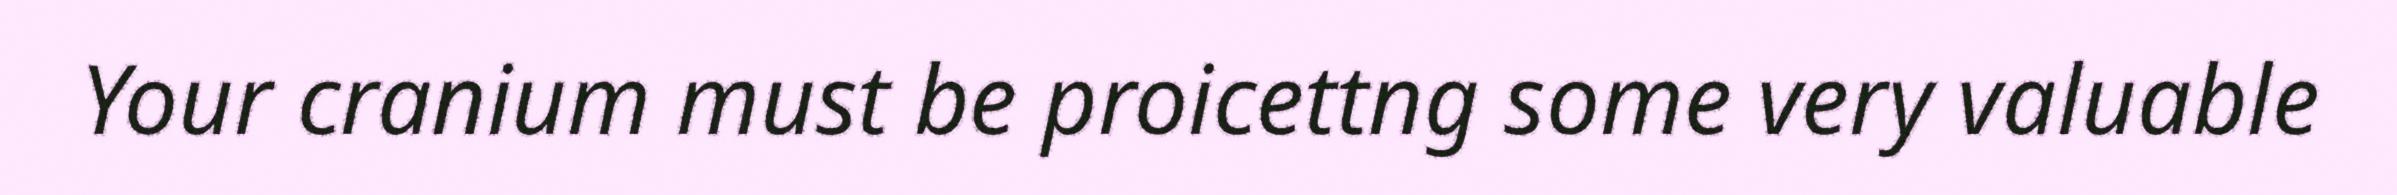
Your cranium must be proicettng some very valuable